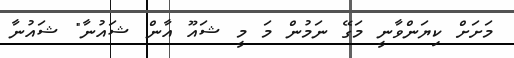
މަށަށް ކިޔަންވާނީ މަގޭ ނަމުން މަ މީ ޝައޫ އާން ޝައުނާ" ޝައުނާ